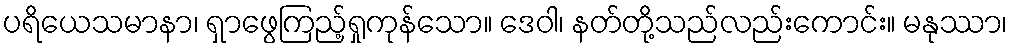
ပရိယေသမာနာ၊ ရှာဖွေကြည့်ရှုကုန်သော။ ဒေဝါ၊ နတ်တို့သည်လည်းကောင်း။ မနုဿာ၊